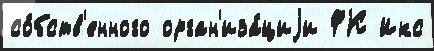
со́бств'енного орган'иза́циjи ФК Икс